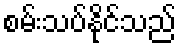
စမ်းသပ်နိုင်သည်